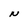
Character: N